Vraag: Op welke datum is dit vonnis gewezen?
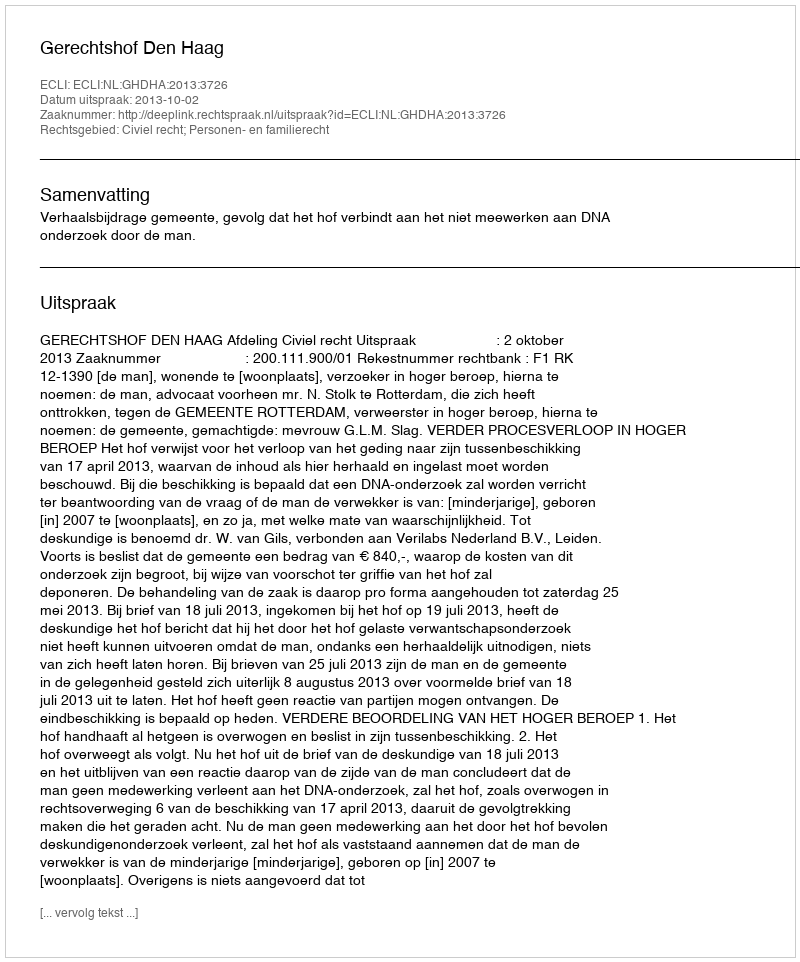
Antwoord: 2013-10-02